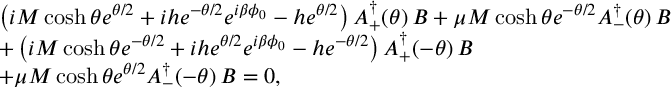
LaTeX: \begin{array} { l l } { { \left( i M \cosh \theta e ^ { \theta / 2 } + i h e ^ { - \theta / 2 } e ^ { i \beta \phi _ { 0 } } - h e ^ { \theta / 2 } \right) A _ { + } ^ { \dagger } ( \theta ) \, B + \mu M \cosh \theta e ^ { - \theta / 2 } A _ { - } ^ { \dagger } ( \theta ) \, B } } \\ { { + \left( i M \cosh \theta e ^ { - \theta / 2 } + i h e ^ { \theta / 2 } e ^ { i \beta \phi _ { 0 } } - h e ^ { - \theta / 2 } \right) A _ { + } ^ { \dagger } ( - \theta ) \, B } } \\ { { + \mu M \cosh \theta e ^ { \theta / 2 } A _ { - } ^ { \dagger } ( - \theta ) \, B = 0 , } } \end{array}